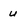
Character: u